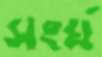
সংর্ঘ